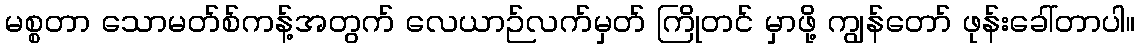
မစ္စတာ သောမတ်စ်ကန့်အတွက် လေယာဉ်လက်မှတ် ကြိုတင် မှာဖို့ ကျွန်တော် ဖုန်းခေါ်တာပါ။